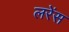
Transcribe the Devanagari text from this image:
लरेंस